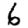
Digit: 6